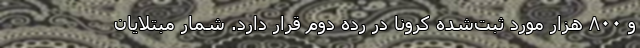
و ۸۰۰ هزار مورد ثبت‌شده کرونا در رده دوم قرار دارد. شمار مبتلایان